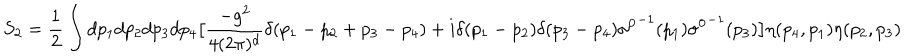
S _ { 2 } = { \frac { 1 } { 2 } } \int d p _ { 1 } d p _ { 2 } d p _ { 3 } d p _ { 4 } \big [ { \frac { - g ^ { 2 } } { 4 ( 2 \pi ) ^ { d } } } \delta ( p _ { 1 } - p _ { 2 } + p _ { 3 } - p _ { 4 } ) + i \delta ( p _ { 1 } - p _ { 2 } ) \delta ( p _ { 3 } - p _ { 4 } ) { \sigma ^ { 0 } } ^ { - 1 } ( p _ { 1 } ) { \sigma ^ { 0 } } ^ { - 1 } ( p _ { 3 } ) \big ] \eta ( p _ { 4 } , p _ { 1 } ) \eta ( p _ { 2 } , p _ { 3 } )